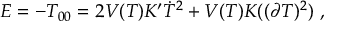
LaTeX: E = - T _ { 0 0 } = 2 V ( T ) K ^ { \prime } \dot { T } ^ { 2 } + V ( T ) K ( ( \partial T ) ^ { 2 } ) \ ,